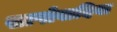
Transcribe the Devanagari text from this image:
सापोवादिया